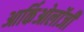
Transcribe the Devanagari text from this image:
आर्किओलॉजी